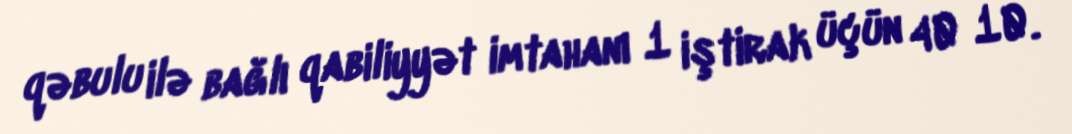
qəbulu ilə bağlı qabiliyyət imtahanı 1 iştirak üçün 40 10.